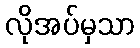
လိုအပ်မှသာ